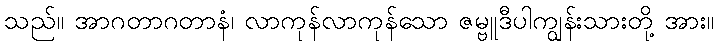
သည်။ အာဂတာဂတာနံ၊ လာကုန်လာကုန်သော ဇမ္ဗူဒီပါကျွန်းသားတို့ အား။